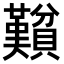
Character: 𬥮